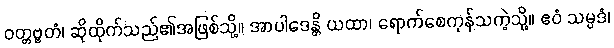
ဝတ္တဗ္ဗတံ၊ ဆိုထိုက်သည်၏အဖြစ်သို့။ အာပါဒေန္တိ ယထာ၊ ရောက်စေကုန်သကဲ့သို့။ ဧဝံ သမ္ပဒံ၊